Annual report on the mental hospital in the Central Provinces and Berar (Nagpur) - 1927-1951
Year: 1927
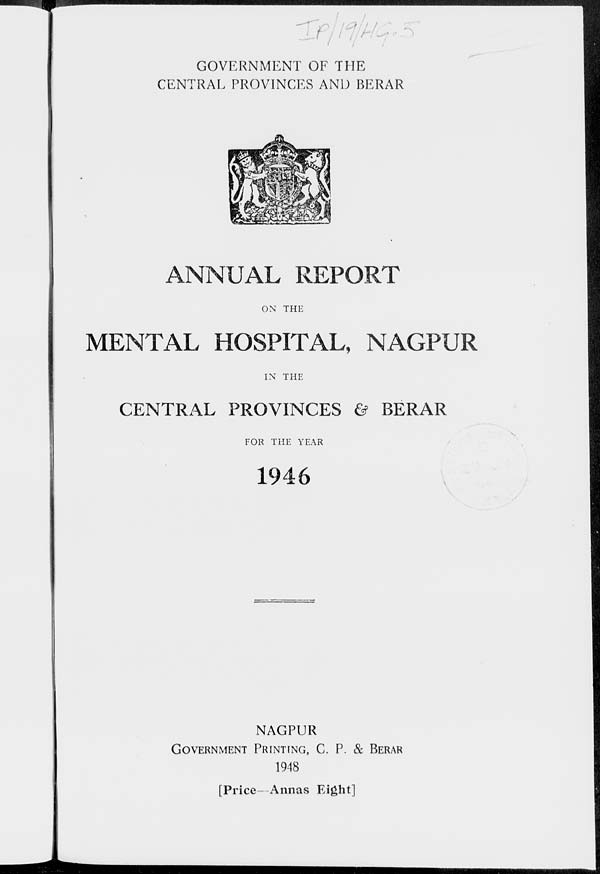
•
'
GOVERNMENT OF THE
CENTRAL PROVINCES AND BERAR
ANNUAL REPORT
ON THE
MENTAL HOSPITAL, NAGPUR
IN THE
CENTRAL PROVINCES & BERAR
FOR THE YEAR
1946
NAGPUR
GOVERNMENT PRINTING, C. P. & BERAR
1948
[Price—Annas Eight]